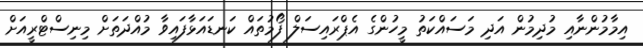
އިމާމުންނާއި މުދިމުން އަދި މަސައްކަތު މީހުންގެ އެޕްރައިސަލް ފޯމުތައް ކަނޑައަޅާފައިވާ މުއްދަތަށް މިނިސްޓްރީއަށް